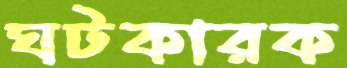
ঘটকারক